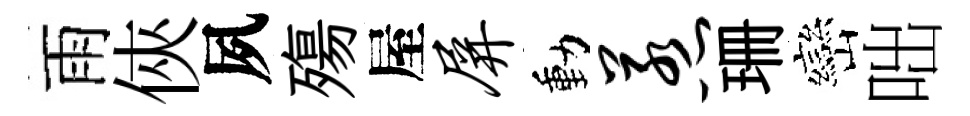
雨俠夙殤屋屏動惹珊巒咄